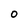
Character: O